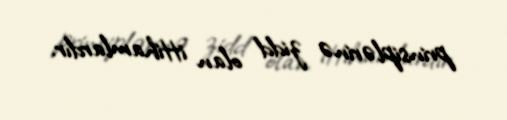
prinsiplərinə zidd olan ittihamlardır.